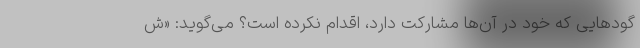
گودهایی که خود در آن‌ها مشارکت دارد، اقدام نکرده است؟ می‌گوید: «ش